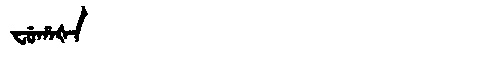
Manchu: ᠸᡠᡥᠠᡧᠠ
Romanization: FUHAŠA